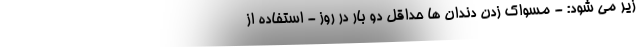
زیر می شود: - مسواک زدن دندان ها حداقل دو بار در روز - استفاده از